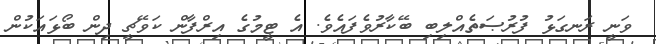
ވަނީ ރަނގަޅު ފުރުޞަތެއްލިބި ބޭކާރުވެފައެވެ. އެ ޓީމުގެ އިރްފާން ކަވޭޗީ ދިން ބޯޅައަކުން